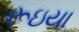
રૂઇયા